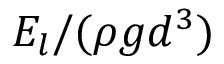
E _ { l } / ( \rho g d ^ { 3 } )